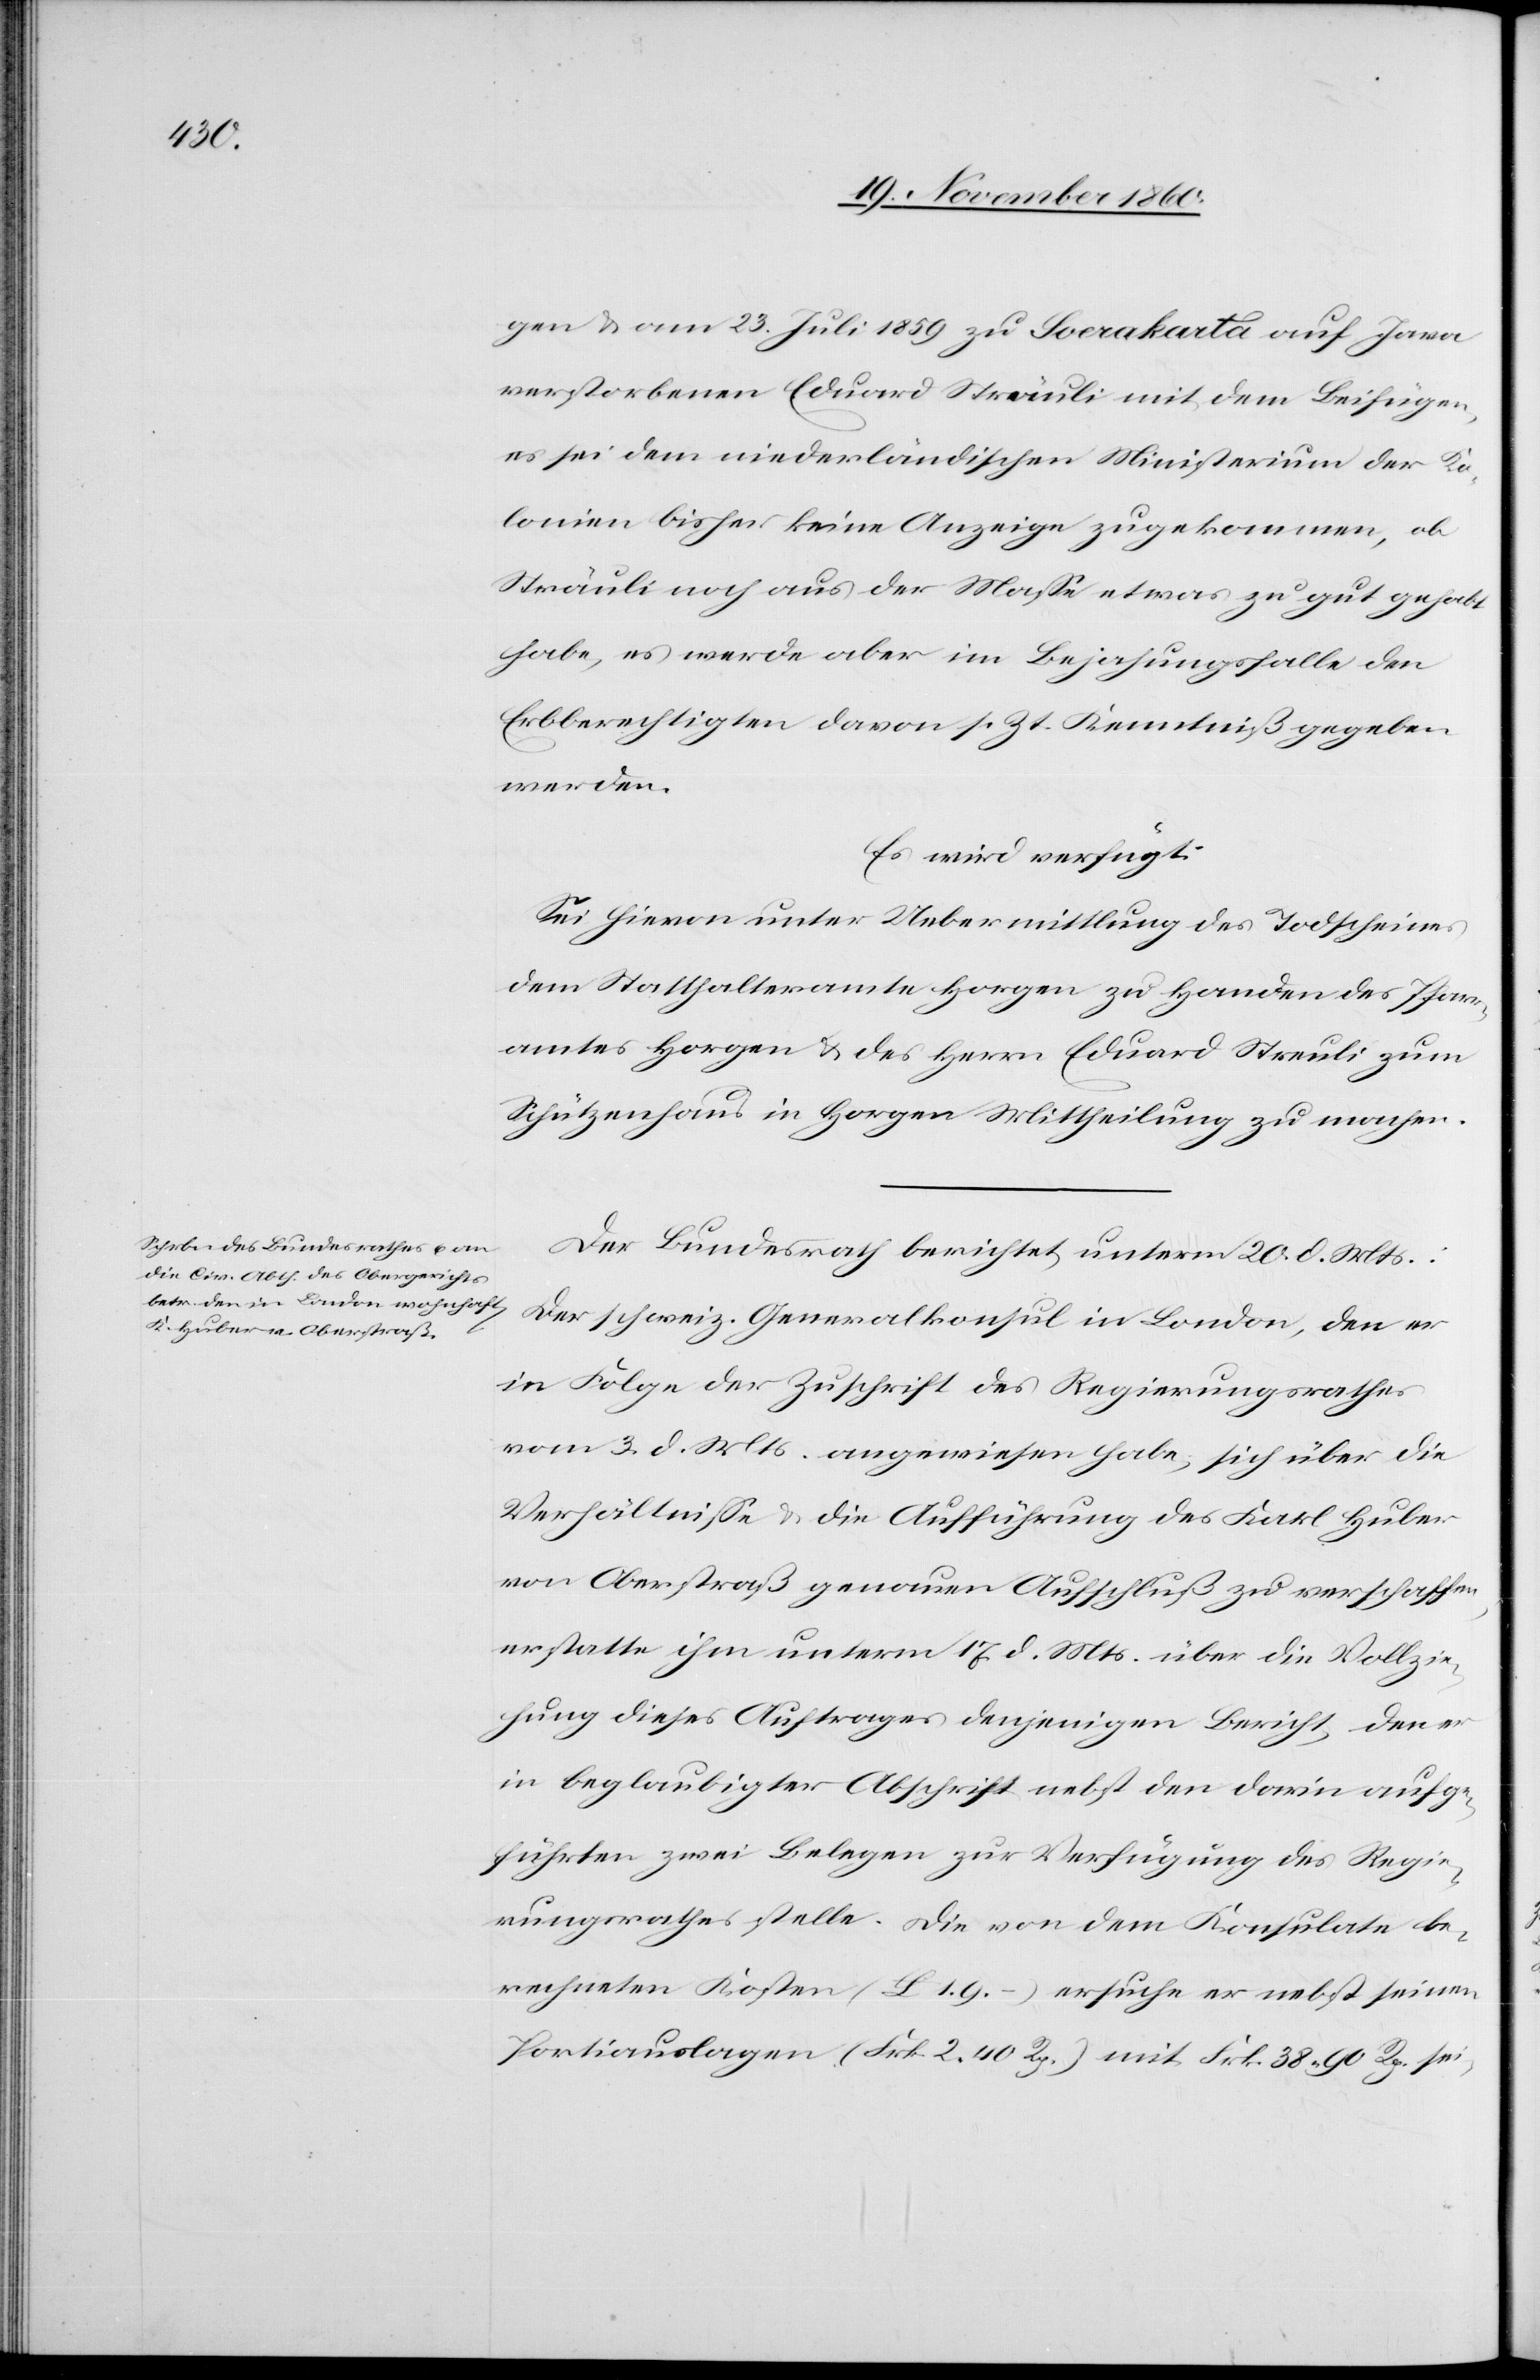
22. November 1860.]
gen u. am 23. Juli 1859 zu Soerakarta auf Jawa
verstorbenen Eduard Sträuli mit dem Beifügen,
es sei dem niederländischen Ministerium der Ko¬
lonien bisher keine Anzeige zugekommen, ob
Sträuli noch aus der Masse etwas zu gut gehabt
habe, es werde aber im Bejahungsfalle den
Erbberechtigten davon s. Zt. Kenntniß gegeben
werden.
Es wird verfügt:
Sei hievon unter Uebermittlung des Todscheines
dem Statthalteramte Horgen zu Handen des Pfarr¬
amtes Horgen u. des Herrn Eduard Streuli [sic!] zum
Schützenhaus in Horgen Mittheilung zu machen.
Der Bundesrath berichtet unterm 20. d. Mts.:
Der schweiz. Generalkonsul in London, den er
in Folge der Zuschrift des Regierungsrathes
vom 3. d. Mts. angewiesen habe, sich über die
Verhältnisse u. die Aufführung des Karl Huber
von Oberstraß genauen Aufschluß zu verschaffen,
erstatte ihm unterm 17. d. Mts. über die Vollzie¬
hung dieses Auftrages denjenigen Bericht, den er
in Beglaubigter Abschrift nebst den darin aufge¬
führten zwei Belegen zur Verfügung des Regie¬
rungsrathes stelle. Die von dem Konsulate be¬
rechneten Kosten (£ 1.9 –) ersuche er nebst seinen
Portiauslagen (Frk. 2 40 Rp.) mit Frk. 38 90 Rp. sei-